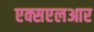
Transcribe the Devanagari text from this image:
एक्सएलआर